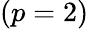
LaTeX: (p=2)